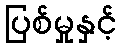
ပြစ်မှုနှင့်